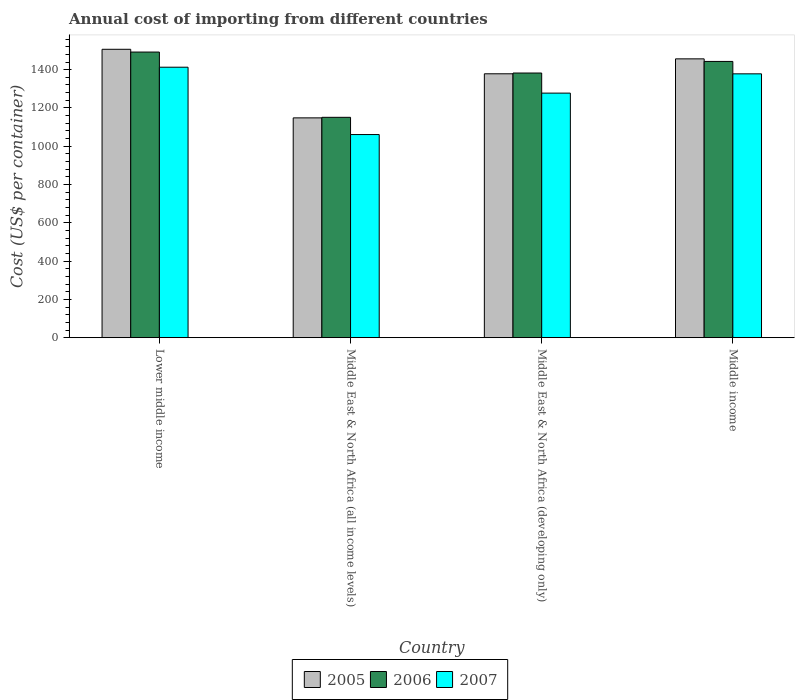
| Country | 2005 | 2006 | 2007 |
 | --- | --- | --- | --- |
 | Lower middle income | 1.51e+03 | 1.49e+03 | 1.41e+03 |
 | Middle East & North Africa (all income levels) | 1.15e+03 | 1.15e+03 | 1.06e+03 |
 | Middle East & North Africa (developing only) | 1.38e+03 | 1.38e+03 | 1.28e+03 |
 | Middle income | 1.46e+03 | 1.44e+03 | 1.38e+03 |